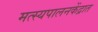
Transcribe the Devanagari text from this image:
मत्स्यपालनकेंद्रात